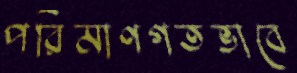
পরিমাণগতভাবে